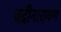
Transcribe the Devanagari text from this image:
वद्रीनारायण